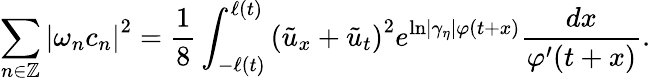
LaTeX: \sum_{n\in\mathbb{Z}}\left\vert\omega_{n}c_{n}\right\vert^{2}=\frac{1}{8}\int_{-\ell\left(t\right)}^{\ell\left(t\right)}\left(\tilde{u}_{x}+\tilde{u}_{t}\right)^{2}e^{\ln\left\vert\gamma_{\eta}\right\vert\varphi(t+x)}\frac{dx}{\varphi^{\prime}(t+x)}.